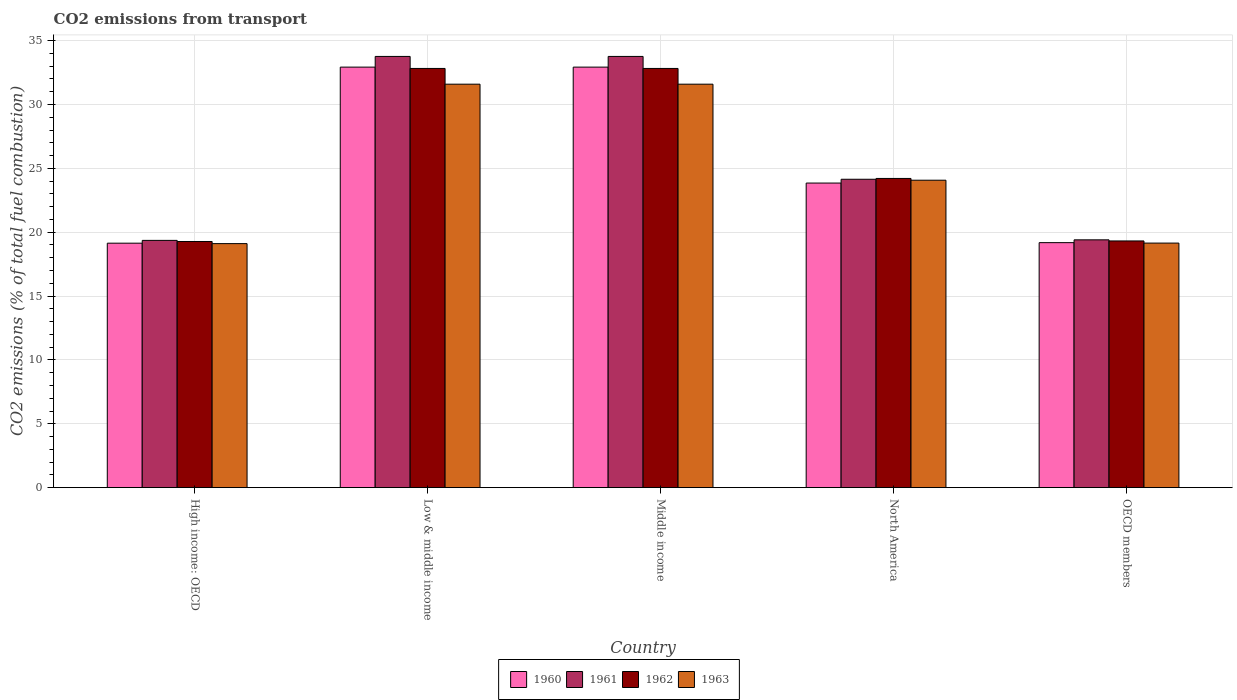
| Country | 1960 | 1961 | 1962 | 1963 |
 | --- | --- | --- | --- | --- |
 | High income: OECD | 19.1 | 19.4 | 19.3 | 19.1 |
 | Low & middle income | 32.9 | 33.8 | 32.8 | 31.6 |
 | Middle income | 32.9 | 33.8 | 32.8 | 31.6 |
 | North America | 23.9 | 24.1 | 24.2 | 24.1 |
 | OECD members | 19.2 | 19.4 | 19.3 | 19.1 |